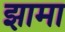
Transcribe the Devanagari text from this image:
झामा